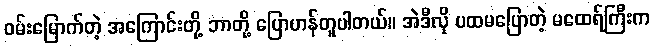
ဝမ်းမြောက်တဲ့ အကြောင်းတို့ ဘာတို့ ပြောဟန်တူပါတယ်။ အဲဒီလို ပထမပြောတဲ့ မထေရ်ကြီးက